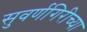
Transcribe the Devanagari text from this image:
सुवर्णगिरीच्या